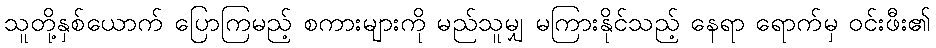
သူတို့နှစ်ယောက် ပြောကြမည့် စကားများကို မည်သူမျှ မကြားနိုင်သည့် နေရာ ရောက်မှ ဝင်းဖီး၏